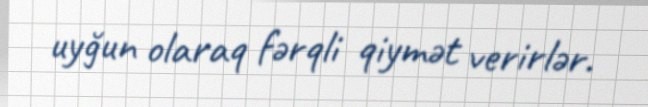
uyğun olaraq fərqli qiymət verirlər.